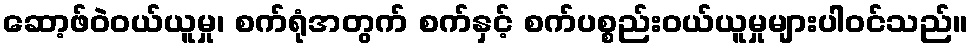
ဆော့ဖ်ဝဲဝယ်ယူမှု၊ စက်ရုံအတွက် စက်နှင့် စက်ပစ္စည်းဝယ်ယူမှုများပါဝင်သည်။